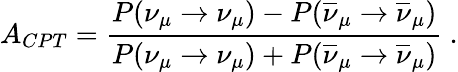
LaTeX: A_{CPT}=\frac{P(\nu_{\mu}\rightarrow\nu_{\mu})-P(\overline{{{\nu}}}_{\mu}\rightarrow\overline{{{\nu}}}_{\mu})}{P(\nu_{\mu}\rightarrow\nu_{\mu})+P(\overline{{{\nu}}}_{\mu}\rightarrow\overline{{{\nu}}}_{\mu})}~.